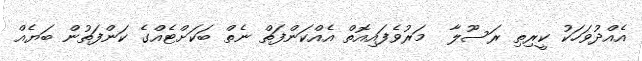
އެއްދުވަހަކު ކީރިތި ރަސޫލާ  މަރުވެފައިއޮތް އެއްކަންފަތް ނެތް ބަކަށްޓެއްގެ ކަންފަތުން ބަޔެއް